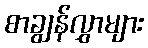
စာချွန်လွှာများ